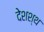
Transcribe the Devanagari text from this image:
देशश्थ